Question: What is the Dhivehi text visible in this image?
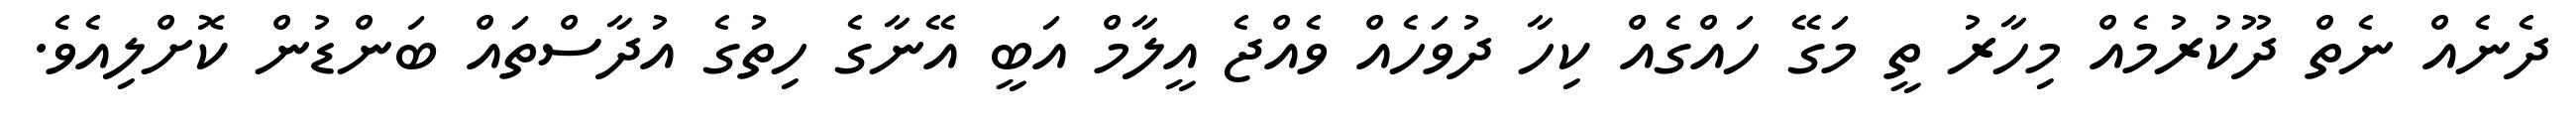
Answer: ދެނެއް ނެތް ދޫކުރުމެއް މިހާރު ތީ މަގޭ ހައްގެއް ކިހާ ދުވަހެއް ވެއްޖެ އީލާމް އަބީ އޭނާގެ ހިތުގެ އުދާސްތައް ބަންޑުން ކޮށްލިއެވެ.